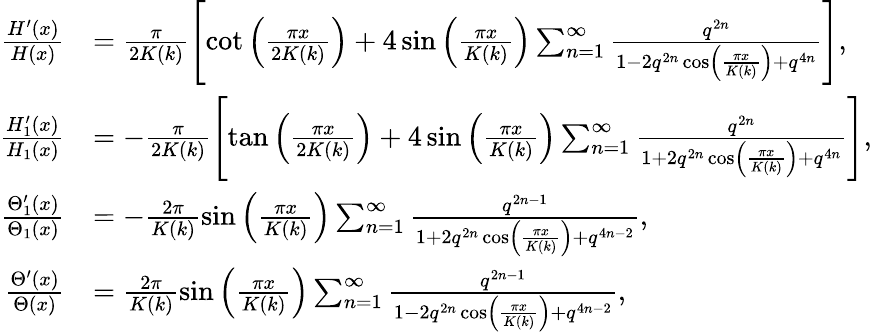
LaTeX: \begin{array}{rl}{\frac{H^{\prime}(x)}{H(x)}}&{=\frac{\pi}{2K(k)}\left[\cot\left(\frac{\pi x}{2K(k)}\right)+4\sin\left(\frac{\pi x}{K(k)}\right)\sum_{n=1}^{\infty}\frac{q^{2n}}{1-2q^{2n}\cos\left(\frac{\pi x}{K(k)}\right)+q^{4n}}\right],}\\ {\frac{H_{1}^{\prime}(x)}{H_{1}(x)}}&{=-\frac{\pi}{2K(k)}\left[\tan\left(\frac{\pi x}{2K(k)}\right)+4\sin\left(\frac{\pi x}{K(k)}\right)\sum_{n=1}^{\infty}\frac{q^{2n}}{1+2q^{2n}\cos\left(\frac{\pi x}{K(k)}\right)+q^{4n}}\right],}\\ {\frac{\Theta_{1}^{\prime}(x)}{\Theta_{1}(x)}}&{=-\frac{2\pi}{K(k)}\sin\left(\frac{\pi x}{K(k)}\right)\sum_{n=1}^{\infty}\frac{q^{2n-1}}{1+2q^{2n}\cos\left(\frac{\pi x}{K(k)}\right)+q^{4n-2}},}\\ {\frac{\Theta^{\prime}(x)}{\Theta(x)}}&{=\frac{2\pi}{K(k)}\sin\left(\frac{\pi x}{K(k)}\right)\sum_{n=1}^{\infty}\frac{q^{2n-1}}{1-2q^{2n}\cos\left(\frac{\pi x}{K(k)}\right)+q^{4n-2}},}\end{array}